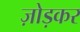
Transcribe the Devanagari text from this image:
ज़ोड़कर